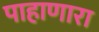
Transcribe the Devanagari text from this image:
पाहाणारा